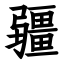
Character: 疆